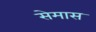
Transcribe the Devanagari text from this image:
सेमास